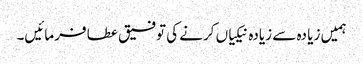
ہمیں زیا دہ سے زیادہ نیکیاں کرنے کی توفیق عطا فرمائیں۔